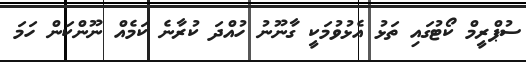
ސުޕްރީމް ކޯޓުގައި ތަޅު އެޅުވުމަކީ ގާނޫނު ހުއްދަ ކުރާނެ ކަމެއް ނޫންކަން ހަމަ